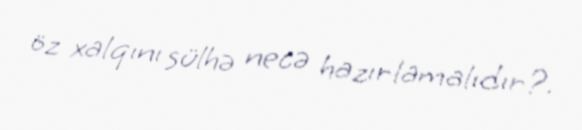
öz xalqını sülhə necə hazırlamalıdır?.